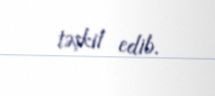
təşkil edib.